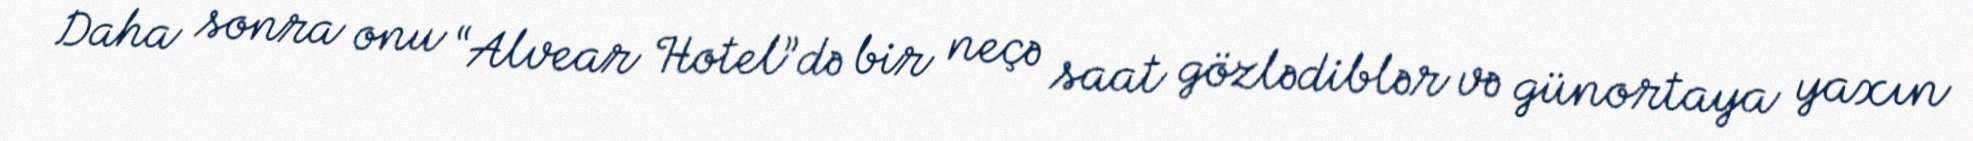
Daha sonra onu “Alvear Hotel”də bir neçə saat gözlədiblər və günortaya yaxın